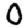
Digit: 0